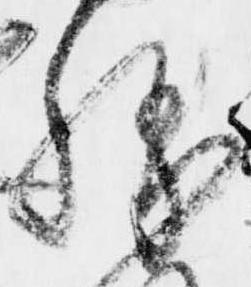
勝